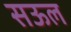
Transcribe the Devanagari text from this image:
सऊल